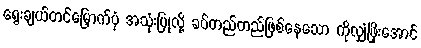
ရွေးချယ်တင်မြှောက်ပုံ အသုံးပြုလို့ ခပ်တည်တည်ဖြစ်နေသော ကိုလျှံဖြိုးအောင်